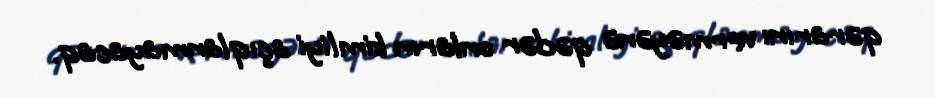
qərarını verməyənə qədər onların kimliyi açıqlanmayacaq.